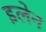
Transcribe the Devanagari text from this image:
इलेन